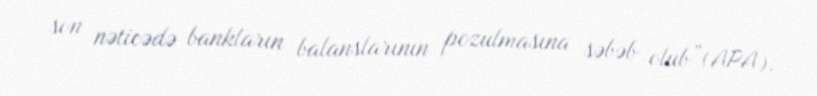
son nəticədə bankların balanslarının pozulmasına səbəb olub”(APA).